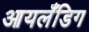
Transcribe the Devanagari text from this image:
आयलँडिग